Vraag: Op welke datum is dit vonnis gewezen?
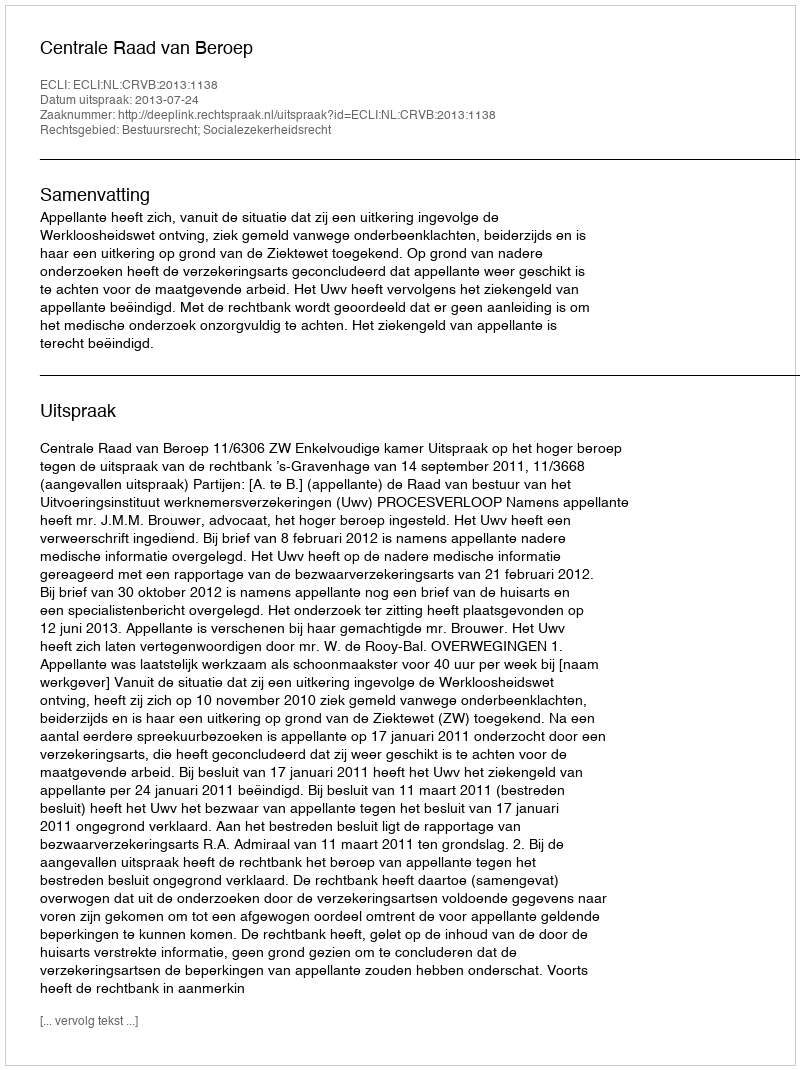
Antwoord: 2013-07-24